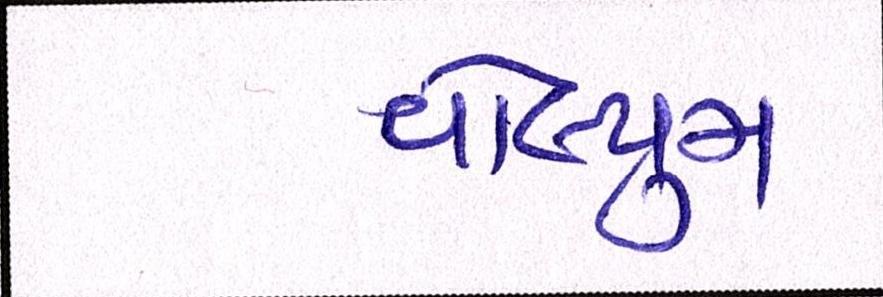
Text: વોલ્યુમ